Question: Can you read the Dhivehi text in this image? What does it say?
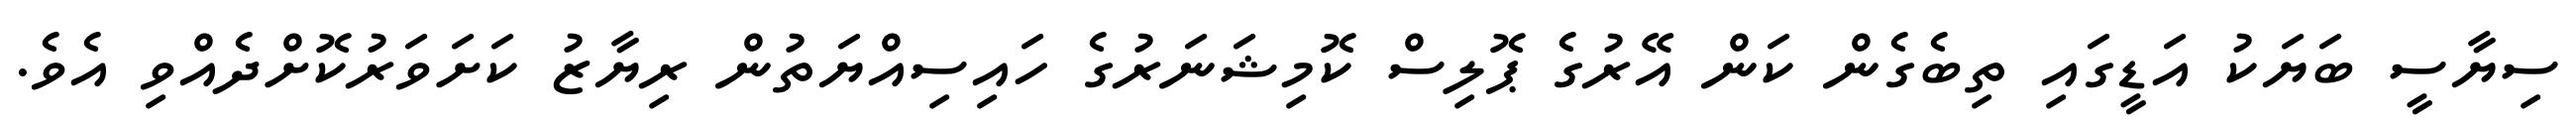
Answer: ސިޔާސީ ބަޔަކު އަޑީގައި ތިބެގެން ކަން އޭރުގެ ޕޮލިސް ކޮމިޝަނަރުގެ ހައިސިއްޔަތުން ރިޔާޒު ކަށަވަރުކޮށްދެއްވި އެވެ.